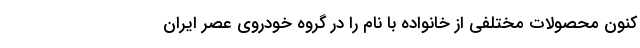
کنون محصولات مختلفی از خانواده با نام را در گروه خودروی عصر ایران